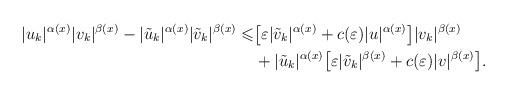
LaTeX: \begin{align*} |u_k|^{\alpha(x)}|v_k|^{\beta(x)} -|\tilde{u}_{k}|^{\alpha(x)}|\tilde{v}_{k}|^{\beta(x)} \leqslant &\big[\varepsilon|\tilde{v}_{k}|^{\alpha(x)}+ c(\varepsilon) |u|^{\alpha(x)}\big]|v_k|^{\beta(x)}\\&+ |\tilde{u}_{k}|^{\alpha(x)}\big[\varepsilon|\tilde{v}_{k}|^{\beta(x)}+c(\varepsilon)|v|^{\beta(x)}\big]. \end{align*}